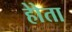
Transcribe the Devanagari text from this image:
होेता